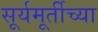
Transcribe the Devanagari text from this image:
सूर्यमूर्तीच्या